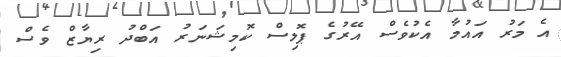
އެ މަރު އައުމާ އެކުވެސް އޭރުގެ ޕޮލިސް ކޮމިޝަނަރު އަބްދު ރިޔާޒް ވެސް